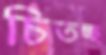
চিতচ্ছ